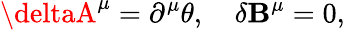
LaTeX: \deltaA^{\mu}=\partial^{\mu}\theta,\quad\delta\mathbf{B}^{\mu}=0,